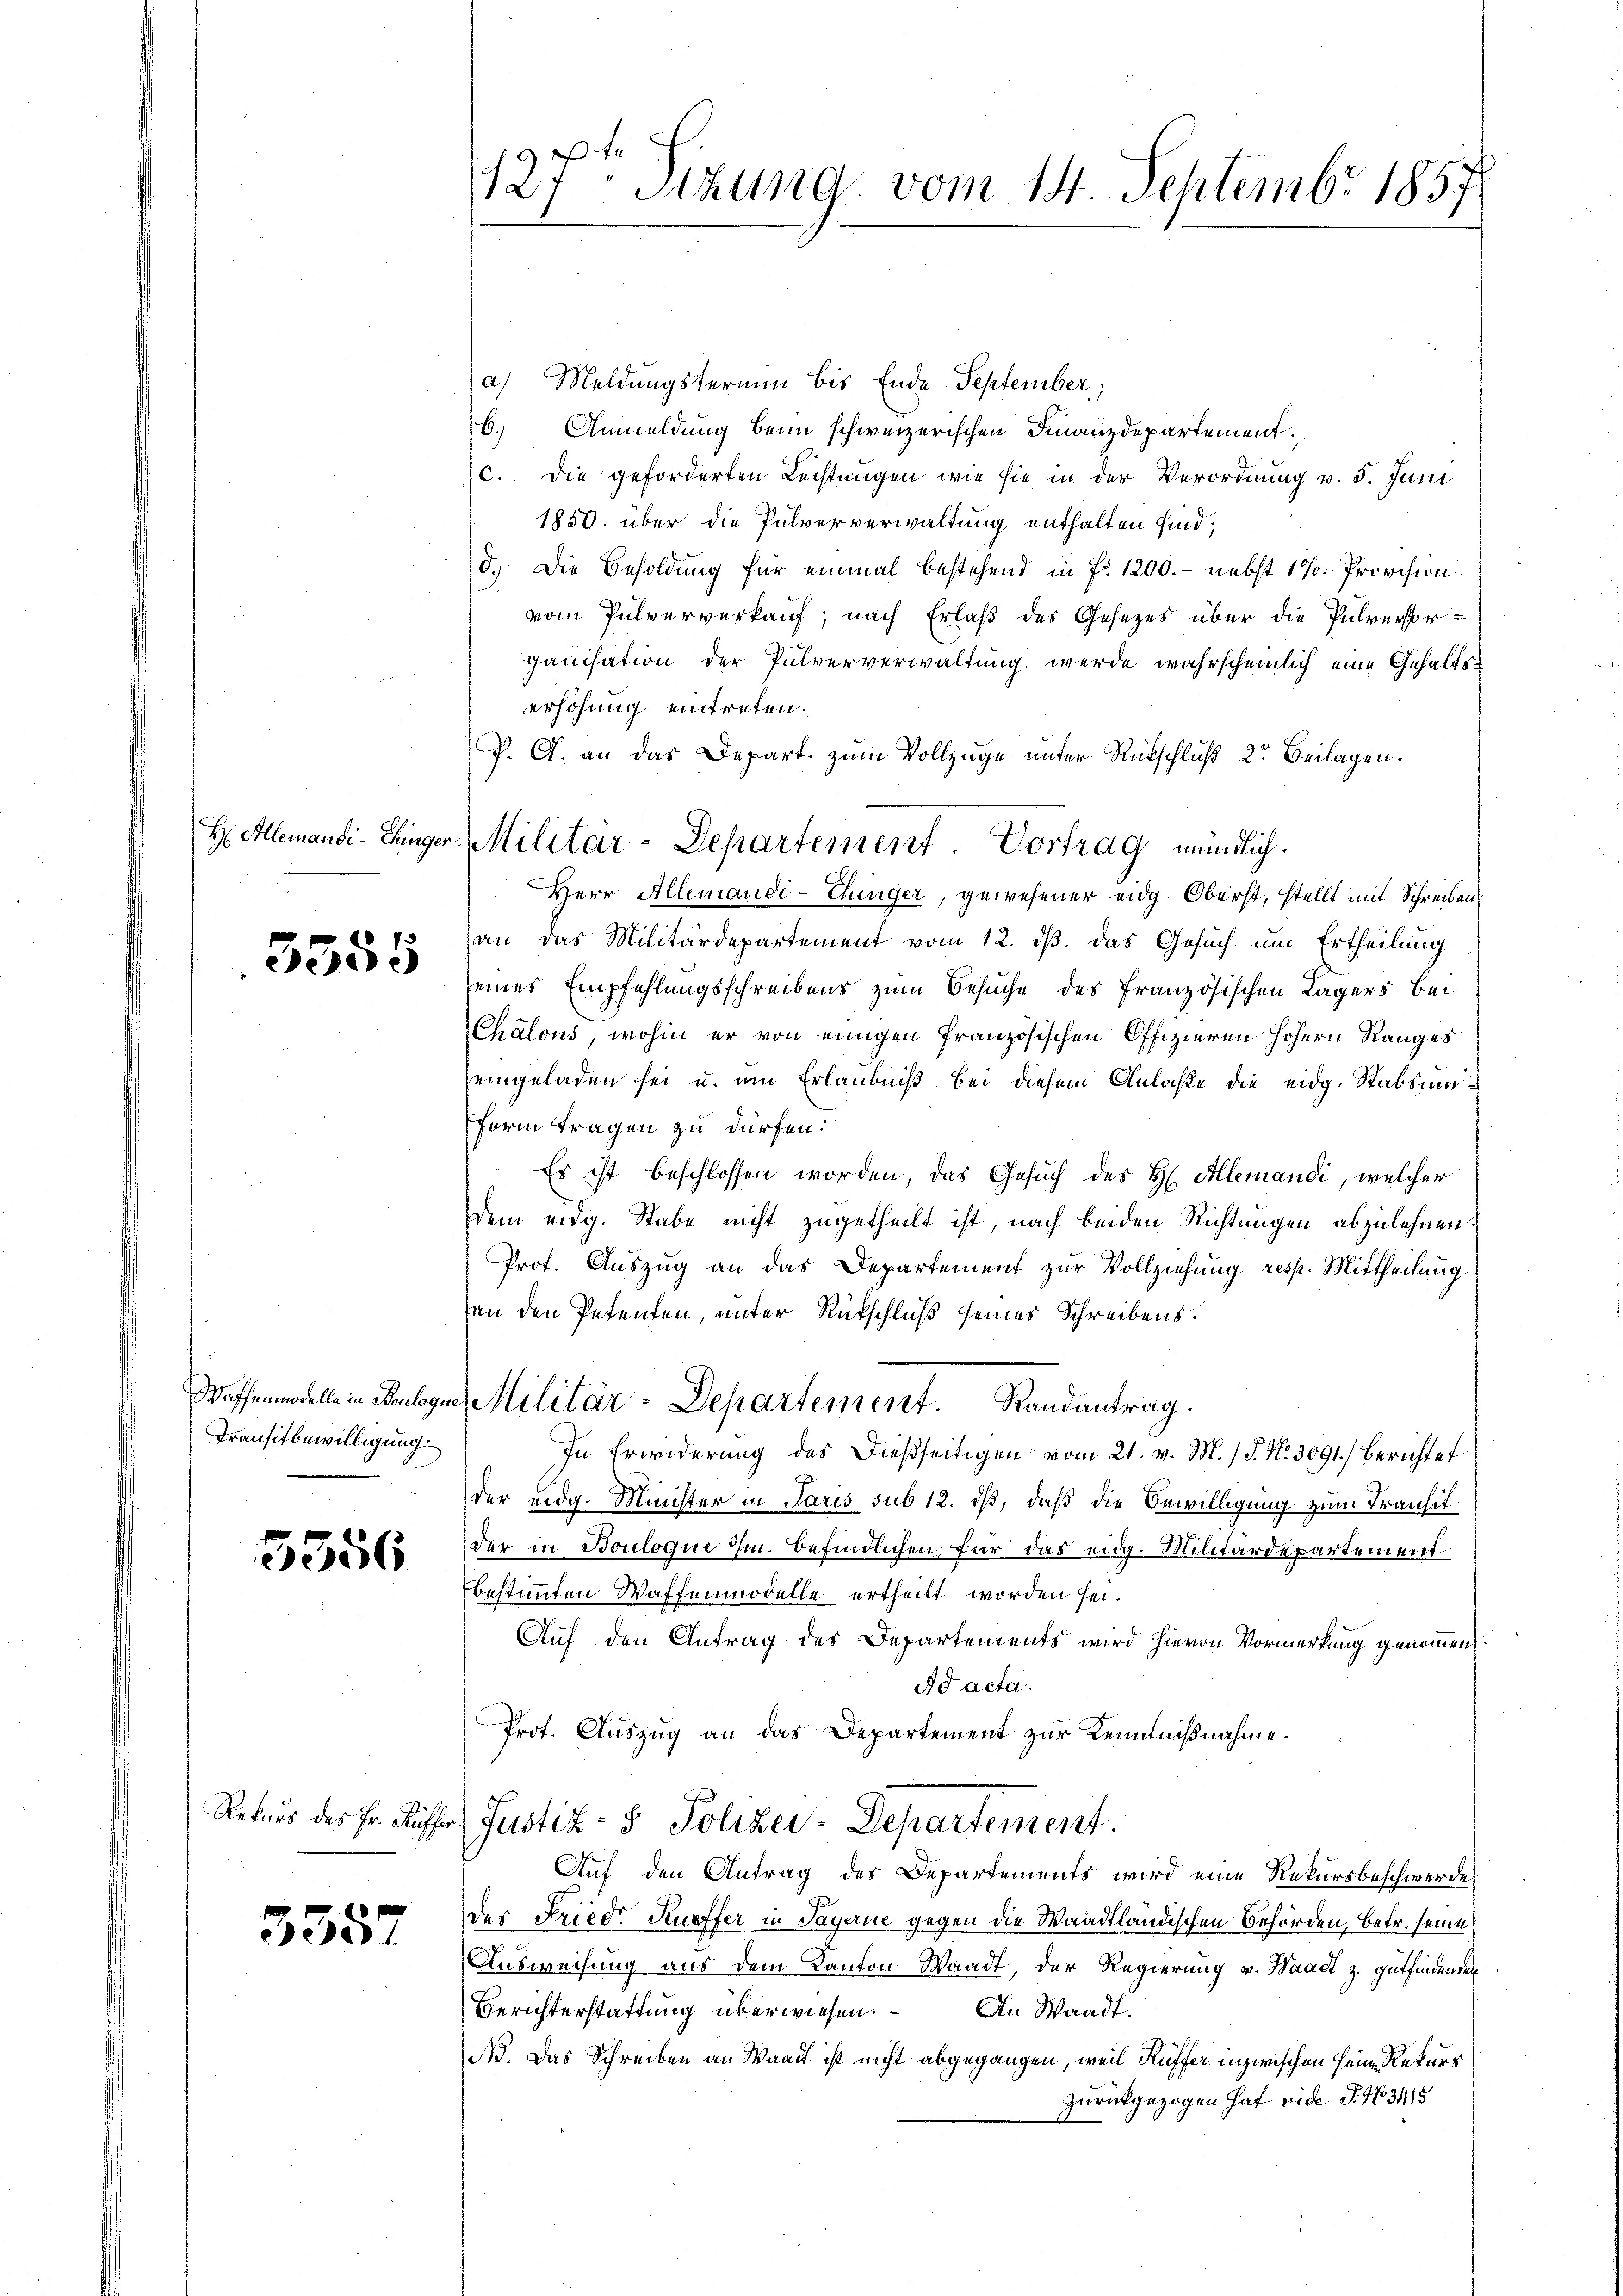
H Allemandi -Chinger

3355

Waffenmodelle in Boulogi
Transitbewilligung.

3556

Rekurs des Fr. Rüffer.

3557

127 Stzung vom 14. Septembr 1857

Militär-Departement. Vortrag mündlich.

a) Meldungstermin bis Ende September,
6.
Anmeldung beim schweizerischen Finanzdepartement.
c. Die geforderten Lechtungen wie sie in der Verordnung v. 5. Juni
1850. über die Pulververwaltung enthalten sind;
d.) Die Besoldung für einmal bestehend in fr. 1200. - nebst 1 % Provision
vom Pulververkauf, nach Erlaß des Gesezes über die Pulverstorganisation der Pulververwaltung werde wahrscheinlich eine Gehaltserhöhung eintreten.
P. G. an das Depart. zum Vollzüge unter Rückschluß 2r Beilagen.
Herr Allemandi-Chiger, gewesener eidg. Oberst, stellt mit Schreiben,
an das Militärdepartement vom 12. ds. das Gesuch um Ertheilung
seines Empfehlungsschreibens zum Besuche des Französischen Lagers bei
Chalous, wohin er von einigen französischen Offizieren höhern Ranges
eingeladen sei u. um Erlaubniß bei diesem Anlaße die eidg. Stabsum¬
Form tragen zu dürfen.
Es ist beschlossen worden, das Gesuch des H. Allemandi, welcher
dem eidg. Stabe nicht zugetheilt ist, nach beiden Richtungen abzulehnen
Prof. Auszug an das Departement zur Vollziehung resp. Mittheilung
an den Petenten, unter Rückschluß seines Schreibens.
Militär-Departement. Randantrag.
In Erwiderung des dießseitigen vom 21. v. M. / 5. No. 3091.) Berichtet
der eidg. Minister in Paris sub 12. iß, daß die Bewilligung zum Transit
der in Bouloque im befindlichen für das eidg. Militärdepartement
bestimmten Waffenmodelle ertheilt worden sei.
Auf den Antrag des Departements wird hievon Vormerkung genommen.
Ad acta.
Prot. Auszug an das Departement zur Kenntnißnahme.
Justiz- & Polizei-Departement.
Auf den Antrag des Departements wird eine Rekursbeschwerde
der Friedr Kuffer in Payerne gegen die Waadtländischen Behörden, betr. seine
Ausweisung aus dem Kanton Waadt, der Regierung v. Waadt z. gutfindenden
An Waadt.
Berichterstattung überwiesen.
N. Das Schreiben an Waadt ist nicht abgegangen, weil Kuffer inzwischen Heim Rekurs
zurückgezogen hat vide S. 163415